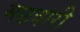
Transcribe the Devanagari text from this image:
मछवारी